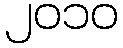
၂၀၁၀